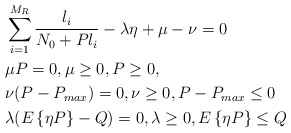
\begin{align*}{}&{}\sum_{i=1}^{M_R} \frac{l_i}{N_0 + P l_i} - \lambda \eta + \mu -\nu = 0 \\&\mu P = 0, \mu \geq 0, P \geq 0, \\&\nu (P-P_{max}) = 0 , \nu \geq 0, P-P_{max} \leq 0 \\&\lambda (E\left\{ \eta P \right\} - Q) = 0, \lambda \geq 0, E\left\{ \eta P \right\} \leq Q\end{align*}